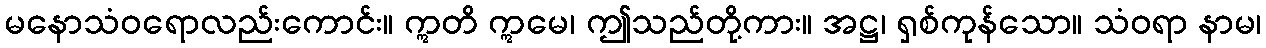
မနောသံဝရောလည်းကောင်း။ ဣတိ ဣမေ၊ ဤသည်တို့ကား။ အဋ္ဌ၊ ရှစ်ကုန်သော။ သံဝရာ နာမ၊